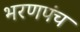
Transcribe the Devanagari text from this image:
भरणपंच